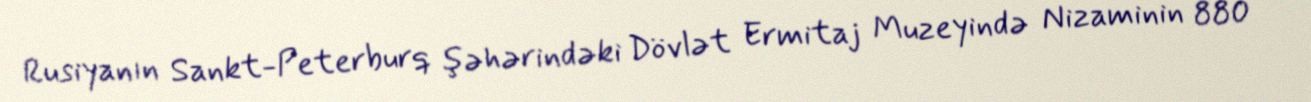
Rusiyanın Sankt-Peterburq şəhərindəki Dövlət Ermitaj Muzeyində Nizaminin 880